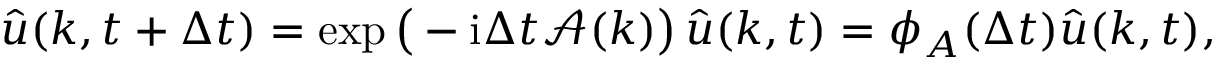
\widehat { u } ( k , t + \Delta t ) = \exp \big ( - \mathrm { i } \Delta t \mathcal { A } ( k ) \big ) \, \widehat { u } ( k , t ) = \phi _ { A } ( \Delta t ) \widehat { u } ( k , t ) ,